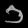
Digit: ၁